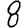
Digit: 8